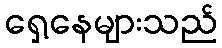
ရှေ့နေများသည်